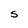
Character: S